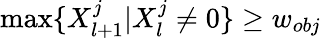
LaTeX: \operatorname*{max}\{ X_{l+1}^{j}|X_{l}^{j}\neq 0\} \ge w_{obj}